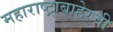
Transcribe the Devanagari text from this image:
महाराष्ट्राबाहेरची